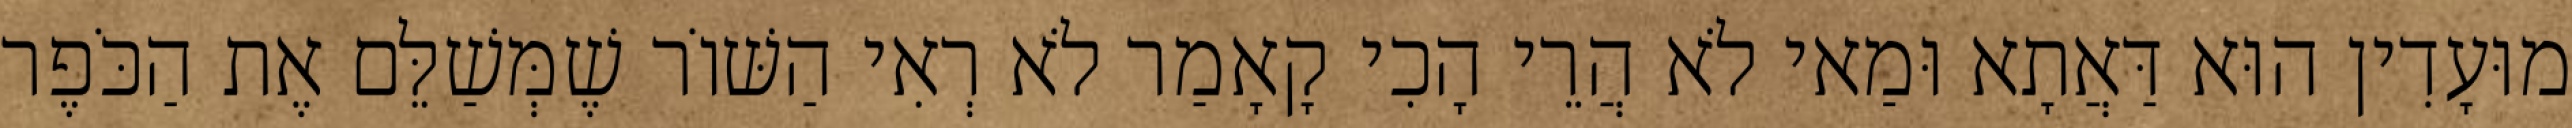
מוּעָדִין הוּא דַּאֲתָא וּמַאי לֹא הֲרֵי הָכִי קָאָמַר לֹא רְאִי הַשּׁוֹר שֶׁמְּשַׁלֵּם אֶת הַכֹּפֶר